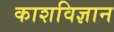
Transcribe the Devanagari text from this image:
काशविज्ञान